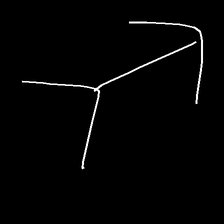
Glyph: gather